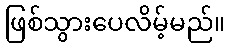
ဖြစ်သွားပေလိမ့်မည်။